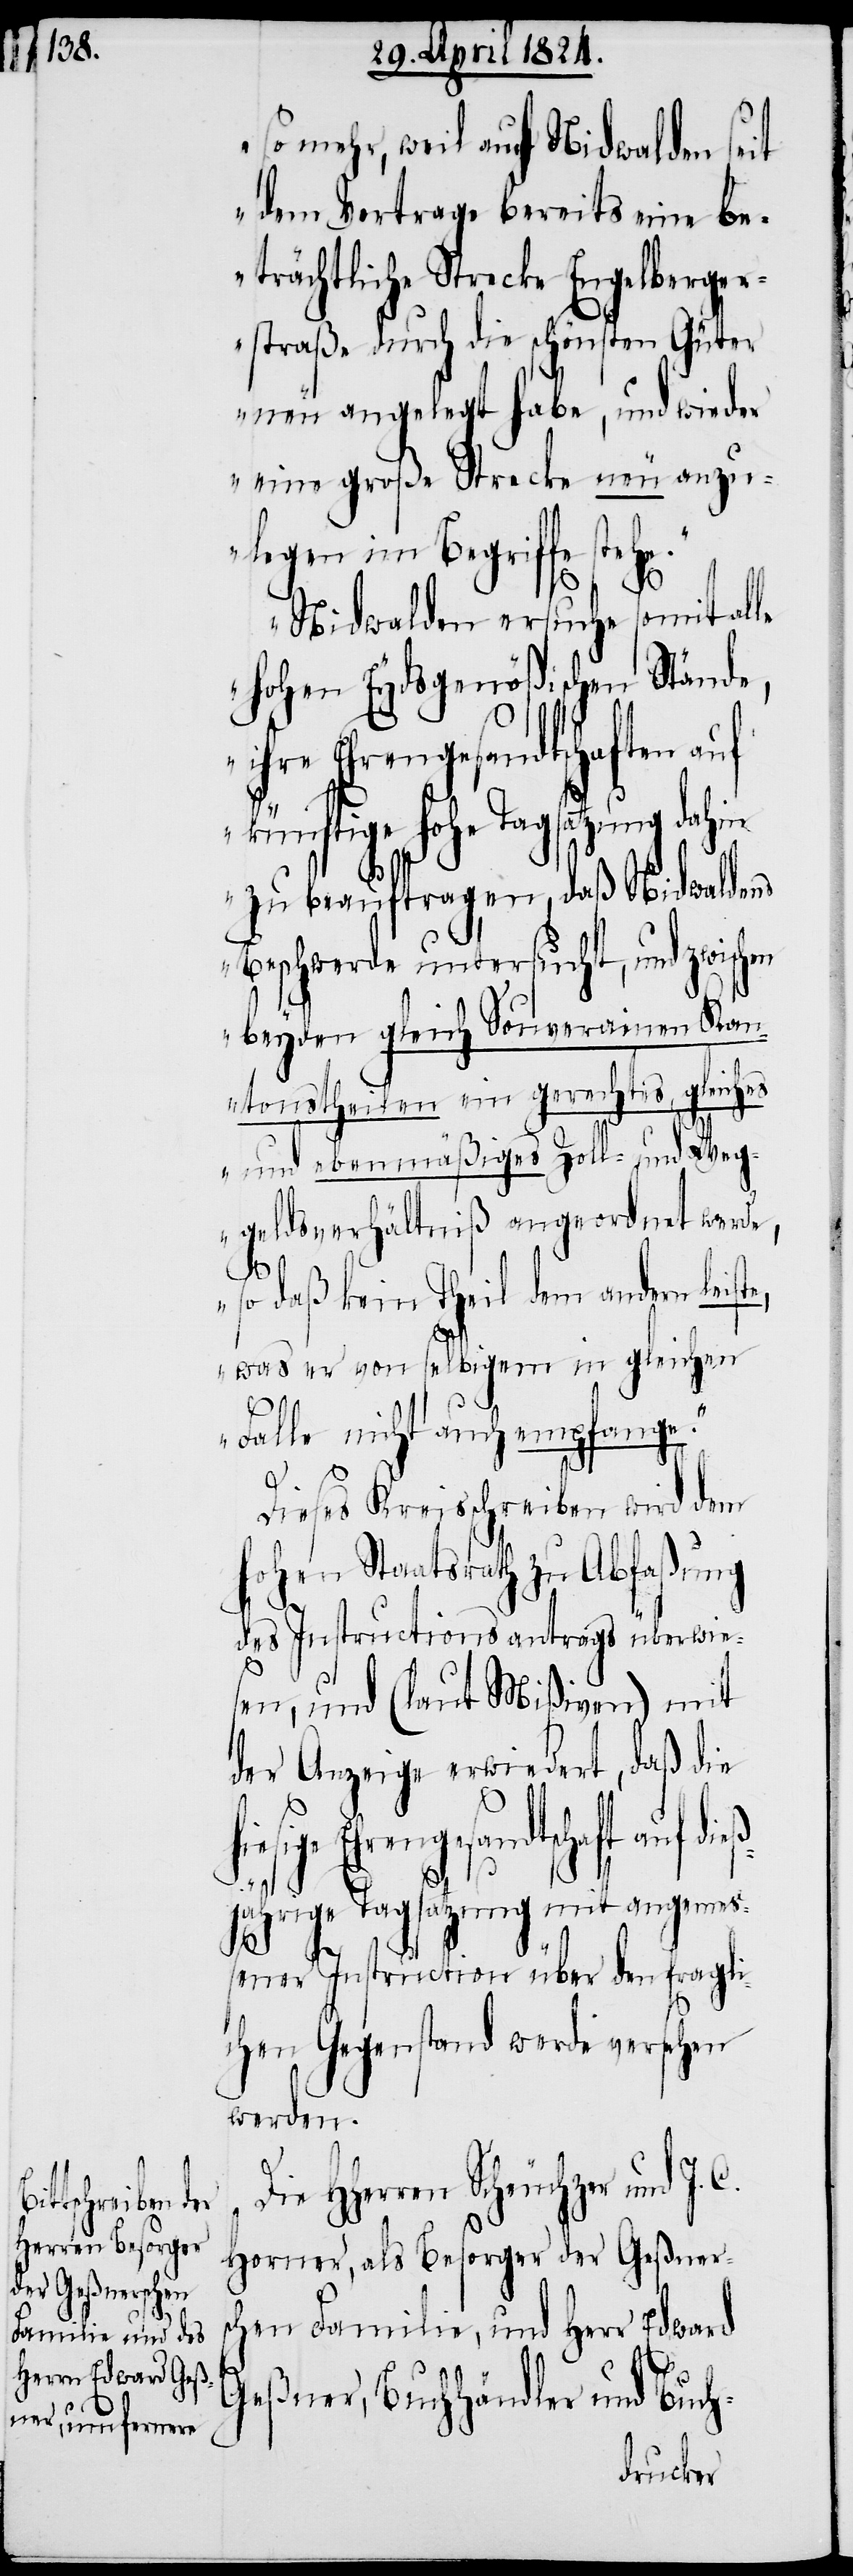
so mehr, weil auf Nidwalden seit
dem Vertrage bereits eine be¬
trächtliche Strecke Engelberger¬
straße durch die schönsten Güter
neu angelegt habe, und wieder
eine große Strecke neu anzu¬
legen im Begriffe stehe.
Nidwalden ersuche somit alle
hohen Eydsgenößischen Stände,
Ehrengesandtschaft auf
künftige hohe Tagsatzung dahin
zu beauftragen, daß Nidwaldens
Beschwerde untersucht, und zwischen
beyden gleich Souverainen Kan¬
tonstheilen ein gerechtes, gleiches
und ebenmäßiges Zoll- und Weg¬
geldsverhältniß angeordnet werde,
so daß kein Theil dem andern leiste,
was er von selbigem in gleichen
Falle nicht auch empfange.“
C.
Dieses Kreisschreiben wird dem
hohen Staatsrath zu Abfaßung
des Instructionsantrags überwie¬
sen, und (laut Mißiven) mit
der Anzeige erwiedert, daß die
ß¬
jährige Tagsatzung mit angemeß¬
die¬
ener Instruction über den fragli¬
chen Gegenstand werde versehen
werden.
HHerren Scheuchzer und J.
Horner, als Besorger der Geßners¬
chen Familie, und Herr Edward
Geßner, Buchhändler und Buch-